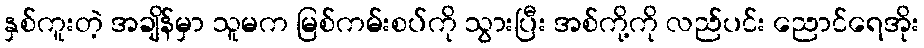
နှစ်ကူးတဲ့ အချိန်မှာ သူမက မြစ်ကမ်းစပ်ကို သွားပြီး အစ်ကို့ကို လည်ပင်း ညောင်ရေအိုး